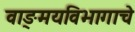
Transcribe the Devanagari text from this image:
वाङ्‌मयविभागाचे